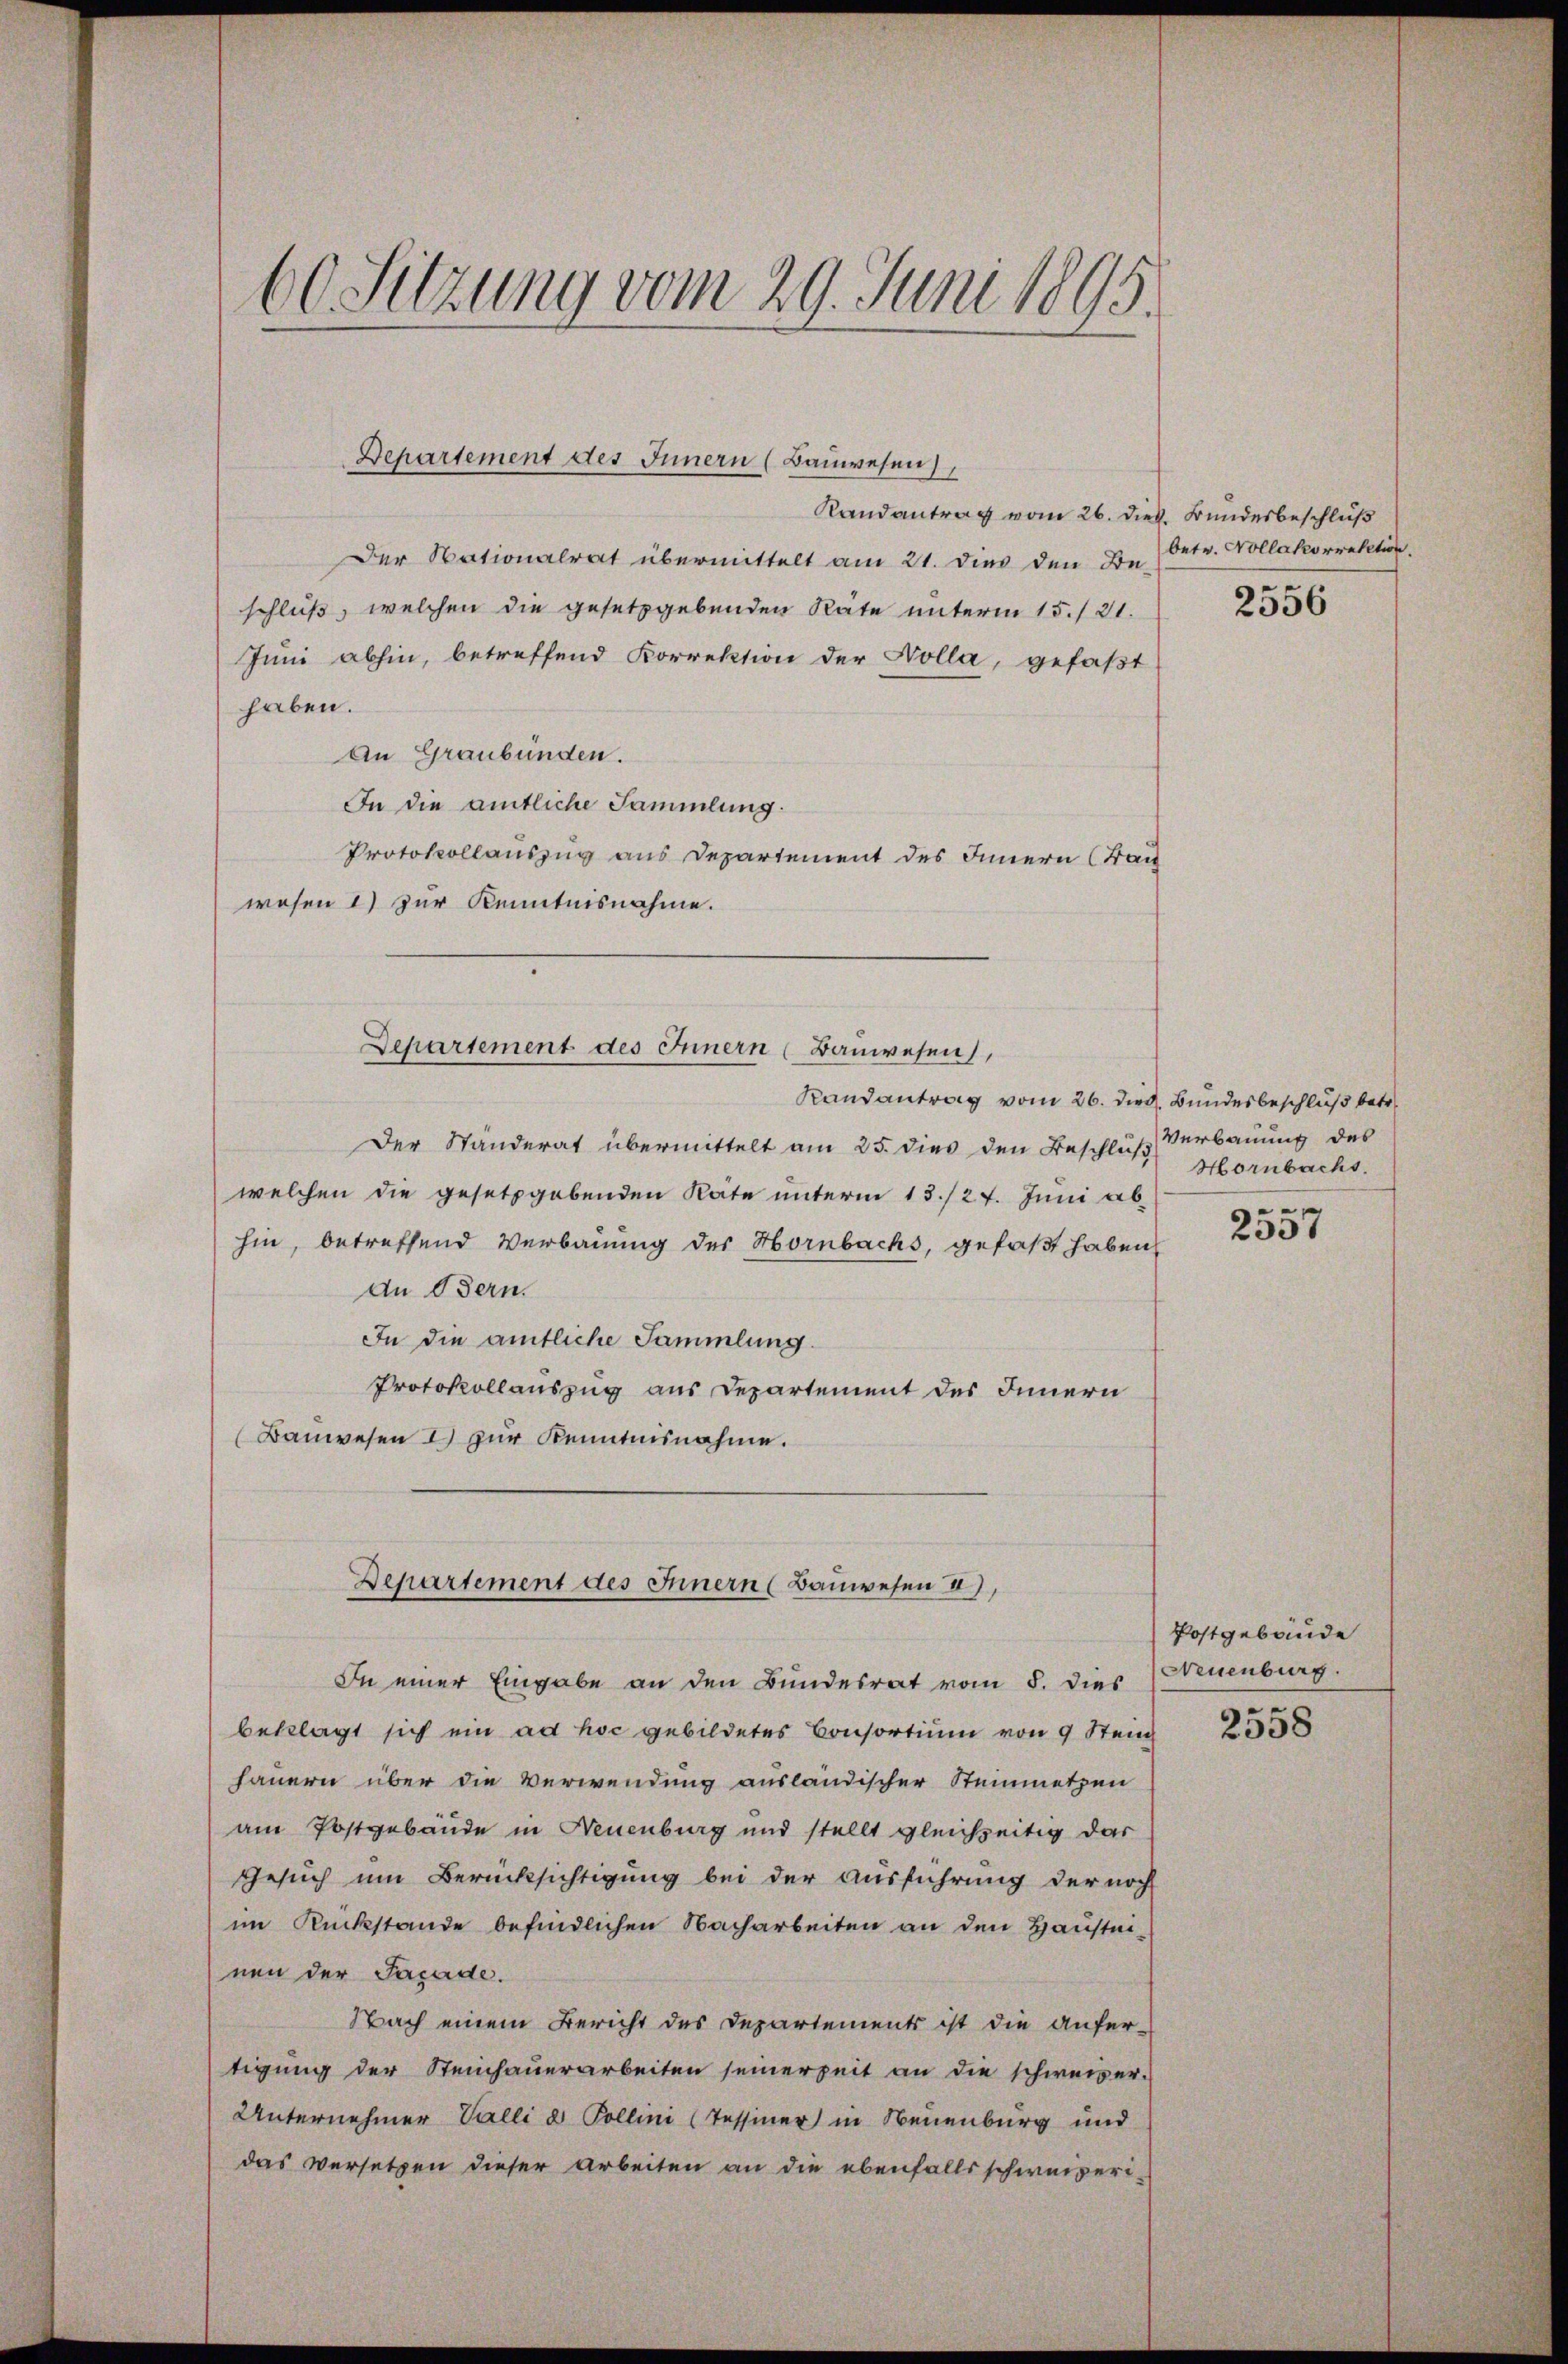
60 Sitzung vom 29. Juni 1895.

Departement des Innern (Bauwesen

Randantrag vom 26. dies. Bundesbeschluß
Der Nationalrat übermittelt am 21. dies den die betr. Kollakorrektion.
schluß, welchen die gesetzgebenden Räte unterm 15./21.
Juni abhin, betreffend Korrektion der Nolla, gefaßt
haben.
An Graubünden.
In die amtliche Sammlung.
Protokollauszug aus Departement des Innern (Bac
wesen 1) zur Kenntnisnahme.
Randantrag vom 26. Died. Bundesbeschluß betr
Der Ständerat übermittelt am 25. dies den Beschluß Verbauung des
welchen die gesetzgebenden Räte unterm 13./27. Juni ab
hin, betreffend Verbauung des Hornbachs, gefaßt haben,
An Bern.
In die amtliche Sammlung.
Protokollauszug aus Departement des Innern
(Bauwesen 2) zur Kenntnisnahme.
Departement des Innern (Bauwesen II),
In einer Eingabe an den Bundesrat vom 8. dies
beklagt sich ein ad hoc gebildetes Consortium von 9 Stein
hauern über die Verwendung ausländischer Steinmetzen
am Postgebäude in Neuenburg und stellt gleichzeitig dar
Gesuch um Berücksichtigung bei der Ausführung der noch
im Rückstände befindlichen Nacharbeiten an den Hausteinen der Pacade.
Nach einem Bericht des Departements ist die anfer-
tigung der Steinhauerarbeiten seinerzeit an die schweizer-
Unternehmer Valli & Pollini (Tessiner in Neuenburg und
das Versetzen dieser Arbeiten an die ebenfalls schweizeri¬

Departement des Innern (Bauwesen,

2556

Hornbacht.

.
2331

Postgebäude
Neuenburg.

2558